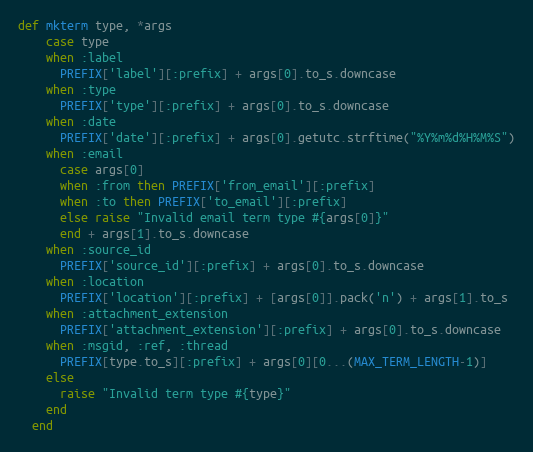
Language: Ruby
def mkterm type, *args
    case type
    when :label
      PREFIX['label'][:prefix] + args[0].to_s.downcase
    when :type
      PREFIX['type'][:prefix] + args[0].to_s.downcase
    when :date
      PREFIX['date'][:prefix] + args[0].getutc.strftime("%Y%m%d%H%M%S")
    when :email
      case args[0]
      when :from then PREFIX['from_email'][:prefix]
      when :to then PREFIX['to_email'][:prefix]
      else raise "Invalid email term type #{args[0]}"
      end + args[1].to_s.downcase
    when :source_id
      PREFIX['source_id'][:prefix] + args[0].to_s.downcase
    when :location
      PREFIX['location'][:prefix] + [args[0]].pack('n') + args[1].to_s
    when :attachment_extension
      PREFIX['attachment_extension'][:prefix] + args[0].to_s.downcase
    when :msgid, :ref, :thread
      PREFIX[type.to_s][:prefix] + args[0][0...(MAX_TERM_LENGTH-1)]
    else
      raise "Invalid term type #{type}"
    end
  end